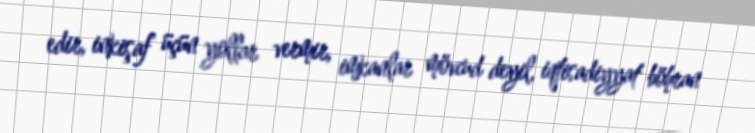
edir, inkişaf üçün yollar vermir, imkanlar mövcud deyil, iqtisadiyyat böhran